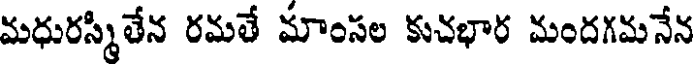
మధురస్మితేన రమతే మాంసల కుచభార మందగమనేన